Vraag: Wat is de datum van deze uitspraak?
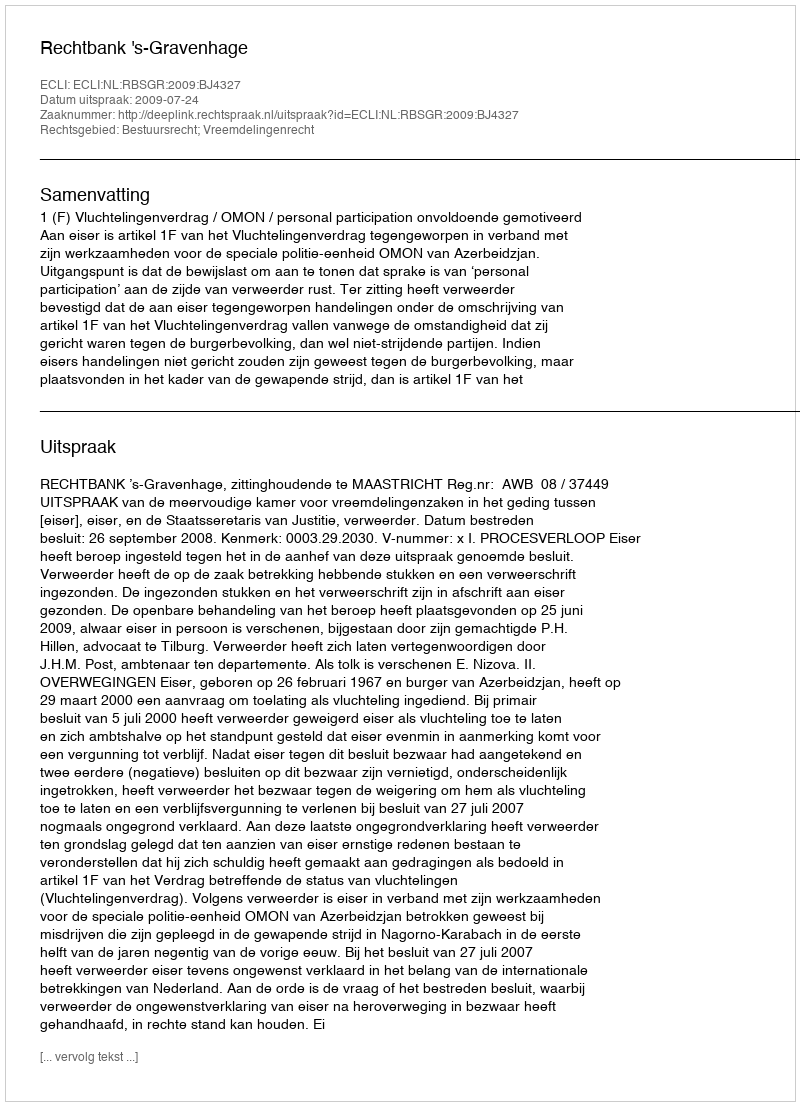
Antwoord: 2009-07-24